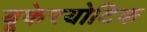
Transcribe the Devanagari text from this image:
यूकेरयोटिक